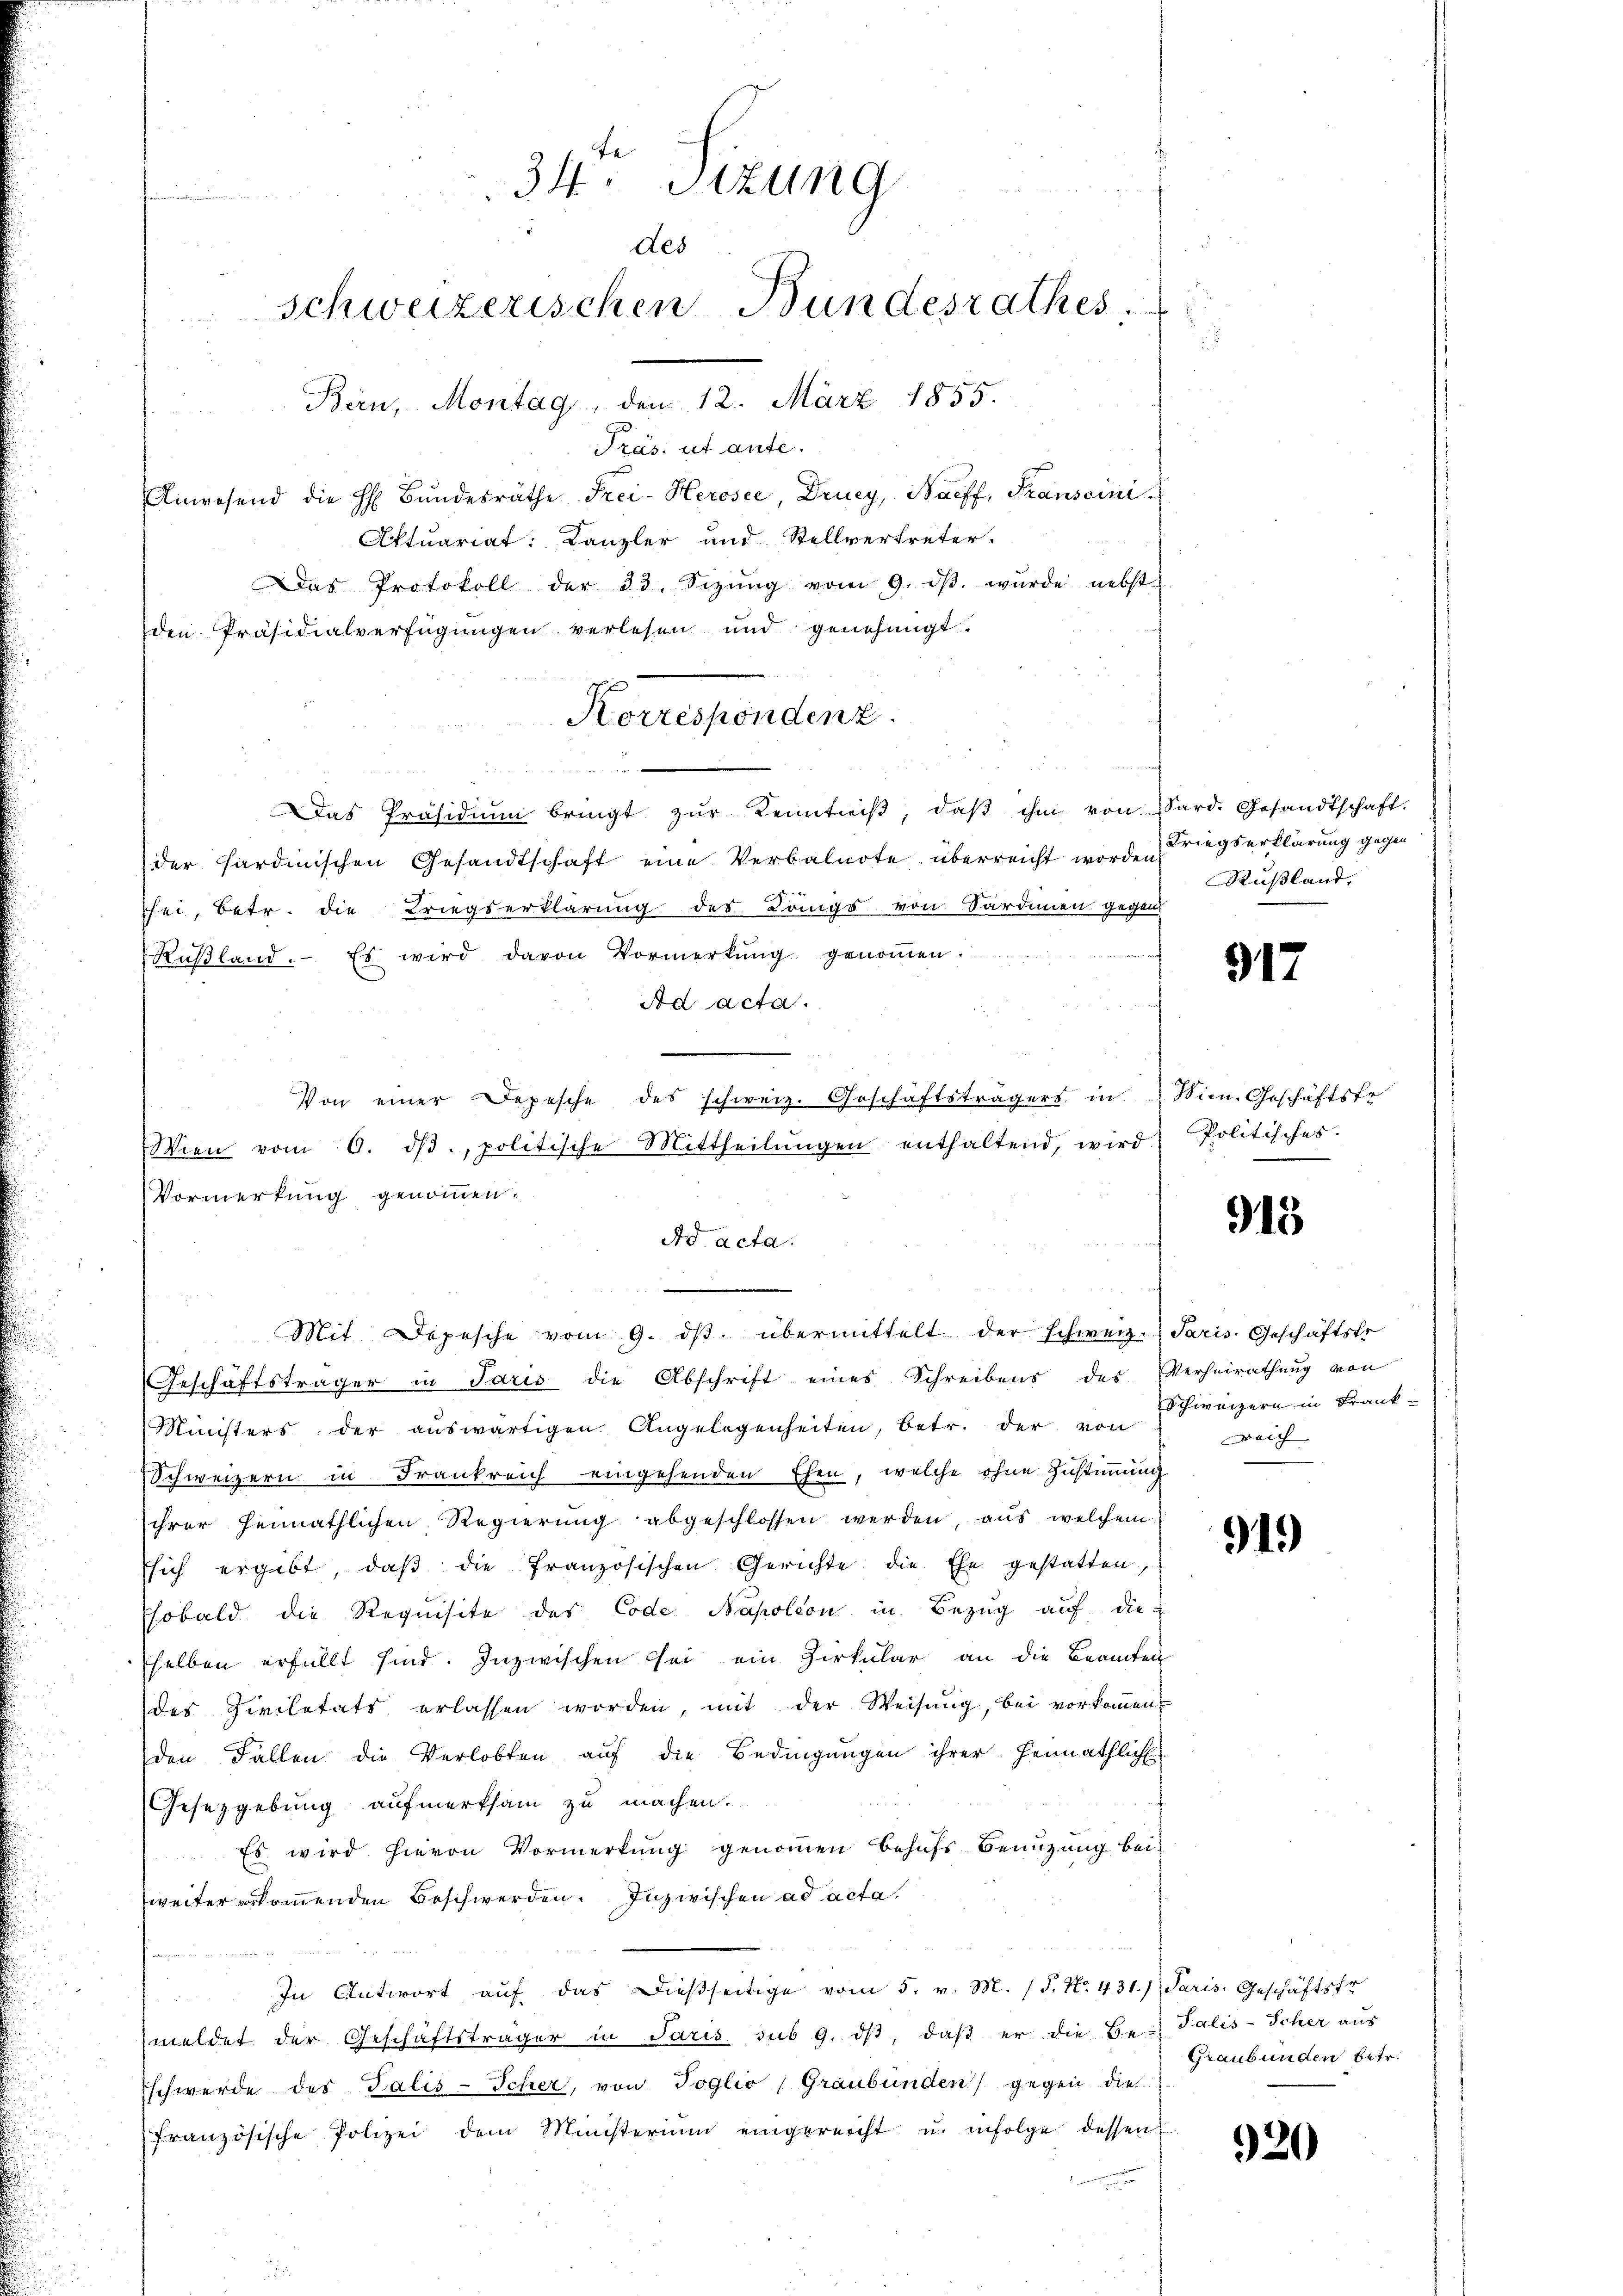
34. Sitzung
Bunden
des
Schweizerischen Bundesrathes
Bern, Montag 12. März 1855.

Präs. ut aute.
Anwesend die h. Bŭndesräthe Frei-Hercsee, Drucy, Baiff, Transcini
Aftuariat: Kanzler und Stellvertreter-
Das Protokoll der 33. Sizŭng vom 9. dβ. wŭrde nebst
den Präsidialverfügungen verlesen und genehmigt.
a
Das Präsidiŭm bringt zŭr Kenntniβ, daβ ihm von Sard. Gesandtschaft.
der Sardinischen Gesandtschaft eine Verbalnote überreicht worden Kriegserklärung gegen
hei, betr. die Kriegserklärung des Königs von Sardinien gegen
Rußland. Es wird davon Vormerkŭng genoṁen.
Ad acta.
Von einer Depesche des schweiz. Geschäftsträgers in Wir-Geschäftstr
Wien vom 6. dβ. politische Mittheilŭngen enthaltend, wird Politisches.
Vormerkung genommen.
Ad acta.
Mit Depesche vom 9. dβ übermittelt der Schweiz. Paris Geschäftste
Geschäftsträger in Paris die Abschrift eines Schreibens des Verheirathung von
Ministers der aŭswärtigen Angelegenheiten, betr. der von Erweigern in Frank-
Schweizern in Frankreich eingehenden Ehen, welche ohne Zustimmung
ihrer heimathlichen Regierung abgeschlossen werden, aus welchem
sich ergibt, daß die französischen Gerichte die Ehe gestatten,
Esobald die Requisite des Code Napoleon in Bezug auf die
selben erfüllt sind. Inzwischen sei ein Zirkular an die Beamten
des Zivilitäts erlassen worden, mit der Weisŭng, bei vorkoṁen
den Fällen die Verlobten auf die Bedingungen ihrer Heimathlich
Gesetzgebung aufmerksam zu machen.
Es wird hievon Vormerkung genommen behufs Benuzung bei
weiter erkommenden Beschwerden. Inzwischen ad acta.
In Antwort aŭf das dießseitige vom 5. v. M. (§. No. 431.) Paris. Geschäftsfr
meldet der Geschäftsträger in Paris sub 9. dβ, daß er die Be- Palis-Scher aus
schwerde des Talis-Scher, von Joglio Graubünden) gegen die
französische Polizei dem Ministerium eingereicht u. infolge dessen

Korrespondenz

Rußland,

917

915

Reich

91.)

Graubünden betr.

920